Lunatic asylums Central Provinces reports 1910-1926 - 1910-1926
Year: 1910
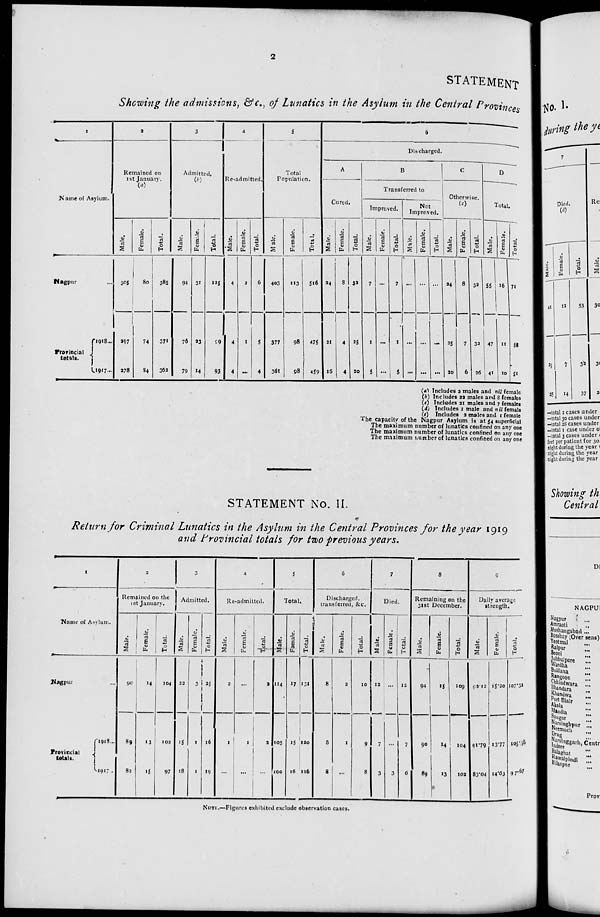
2
STATEMENT
Showing the admissions, &c., of Lunatics in the Asylum in the Central Provinces
1
Name of Asylum.
Nagpur ...
Provincial
totals.
1918 ...
1917 ...
2
Remained on
1st January.
(a)
Male.
305
297
278
Female.
80
74
84
Total.
385
371
362
3
Admitted.
(b)
Male.
94
76
79
Female.
31
23
14
Total.
125
99
93
4
Re-admitted.
Male.
4
4
4
Female.
2
1
...
Total.
6
5
4
5
Total
Population.
Male.
403
377
361
Female.
113
98
98
Total.
516
475
459
6
Discharged.
A
Cured.
Male.
24
21
16
Female.
8
4
4
Total.
32
25
20
B
Transferred to
Improved.
Male.
7
1
5
Female.
...
...
...
Total.
7
1
5
Not
Improved.
Male.
...
...
...
Female.
...
...
...
Total.
...
...
...
C
Otherwise.
(c)
Male.
24
25
20
Female.
8
7
6
Total.
32
32
26
D
Total.
Male.
55
47
41
Female.
16
11
10
Total.
71
58
51
(a) Includes 2 males and nil female
(b) Includes 22 males and 8 females
(c) Includes 21 males and 7 females
(d) Includes 1 male and nil femals
(e) Includes 2 males and 1 female
The capacity of the Nagpur Asylum is at 54 superficial
The maximum number of lunatics confined on any one
The maximum number of lunatics confined on any one
The maximum number of lunatics confined on any one
STATEMENT No. II.
Return for Criminal Lunatics in the Asylum in the Central Provinces for the year 1919
and Provincial totals for two previous years.
1
Name of Asylum.
Nagpur ...
Provincial
totals.
1918 ...
1917
2
Remained on the
1st January.
Male.
90
89
82
Female.
14
13
15
Total.
104
102
97
3
Admitted.
Male.
22
15
18
Female.
3
1
1
Total.
25
16
19
4
Re-admitted.
Male.
2
1
...
Female.
...
1
...
Total.
2
2
...
5
Total.
Male.
114
105
100
Female.
17
15
16
Total.
131
120
116
6
Discharged,
transferred, &c.
Male.
8
8
8
Female.
2
1
...
Total.
10
9
8
7
Died.
Male.
12
7
3
Female.
...
...
3
Total.
12
7
6
8
Remaining on the
31st December.
Male.
94
90
89
Female.
15
14
13
Total.
109
104
102
9
Daily average
strength.
Male.
92.12
91.79
83.04
Female.
15.20
13.77
14.63
Total.
107.32
105.56
97.67
NOTE.—Figures exhibited exclude observation cases.